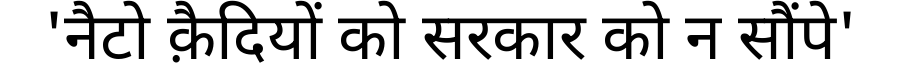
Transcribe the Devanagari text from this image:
'नैटो क़ैदियों को सरकार को न सौंपे'